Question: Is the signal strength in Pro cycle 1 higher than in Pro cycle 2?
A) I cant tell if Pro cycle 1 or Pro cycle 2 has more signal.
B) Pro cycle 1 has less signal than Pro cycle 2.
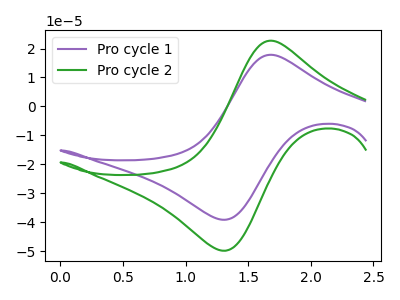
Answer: <think>The purple curve "Pro cycle 1" has an anodic peak at (1.70V, 17.85uA) and a cathodic peak at (1.30V, -39.10uA). The green curve "Pro cycle 2" has an anodic peak at (1.70V, 22.70uA) and a cathodic peak at (1.30V, -49.80uA).
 All the peaks in "Pro cycle 1" have a peak in "Pro cycle 2" at the same potential. Every peak in "Pro cycle 1" is lower than every peak in "Pro cycle 2".</think>
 <answer>B) "Pro cycle 1" has less signal than "Pro cycle 2".</answer>
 <eval>B</eval>